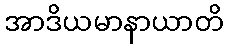
အာဒိယမာနာယာတိ